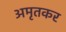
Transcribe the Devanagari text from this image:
अमृतकर